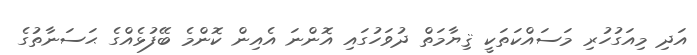
އަދި މިއަގުހުރި މަސައްކަތަކީ ޤިޔާމަތް ދުވަހުގައި އޮންނަ އެއިން ކޮންމެ ބޭފުޅެއްގެ ޙަސަނާތުގެ